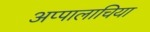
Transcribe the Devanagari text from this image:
अप्पालाचिया